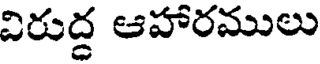
విరుద్ద ఆహారములు